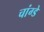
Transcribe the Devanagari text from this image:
चांग्डे